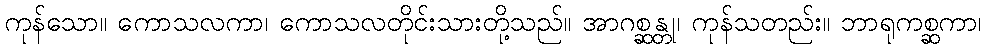
ကုန်သော။ ကောသလကာ၊ ကောသလတိုင်းသားတို့သည်။ အာဂစ္ဆန္တု၊ ကုန်သတည်း။ ဘာရုကစ္ဆကာ၊